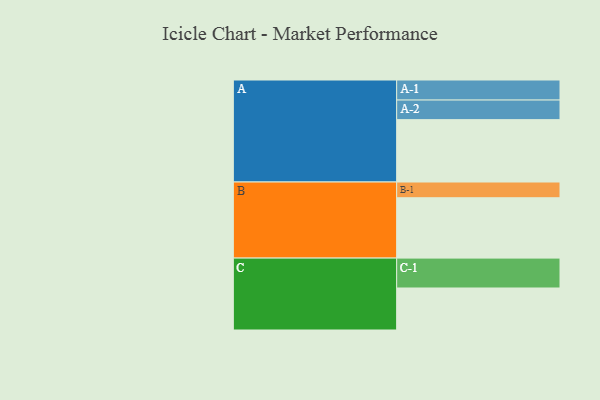
{"axis": {"x": "Segment", "y": "Value"}, "legend": ["", "A", "B", "C"], "data": [{"x": "A", "y": 551, "type": ""}, {"x": "B", "y": 533, "type": ""}, {"x": "C", "y": 371, "type": ""}, {"x": "A-1", "y": 177, "type": "A"}, {"x": "A-2", "y": 173, "type": "A"}, {"x": "B-1", "y": 139, "type": "B"}, {"x": "C-1", "y": 264, "type": "C"}]}